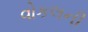
વોકલની